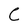
Character: C